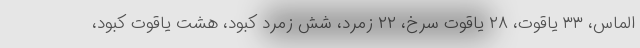
الماس، ۳۳ یاقوت، ۲۸ یاقوت سرخ، ۲۲ زمرد، شش زمرد کبود، هشت یاقوت کبود،